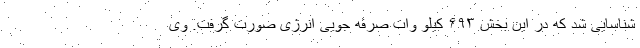
شناسایی شد که در این بخش ۶۹۳ کیلو وات صرفه جویی انرژی صورت گرفت. وی